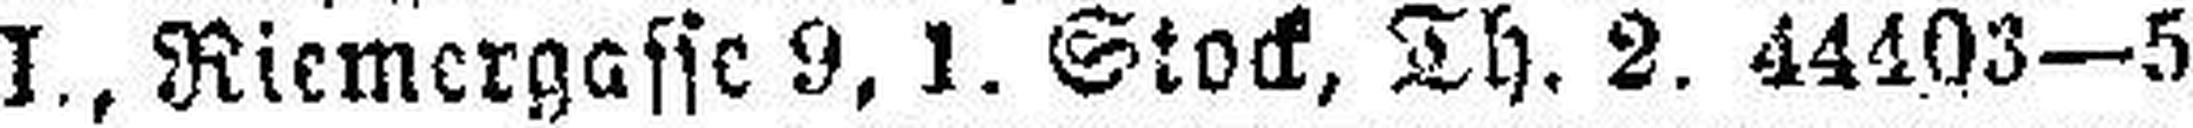
I., Riemergasse 9, 1. Stock, Th. 2. 44403—5